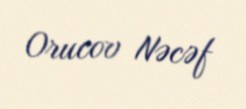
Orucov Nəcəf